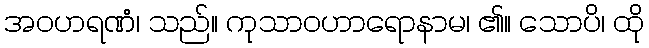
အဝဟရဏံ၊ သည်။ ကုသာဝဟာရောနာမ၊ ၏။ သောပိ၊ ထို